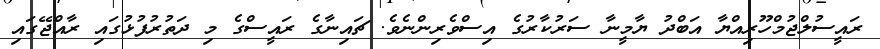
ރައީސުލްޖުމްހޫރިއްޔާ އަބްދު ޔާމީނާ ސަރުކާރުގެ އިސްވެރިންނެވެ. ޗައިނާގެ ރައީސްގެ މި ދަތުރުފުޅުގައި ރާއްޖޭގައި